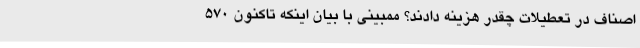
اصناف در تعطیلات چقدر هزینه دادند؟ ممبینی با بیان اینکه تاکنون 570